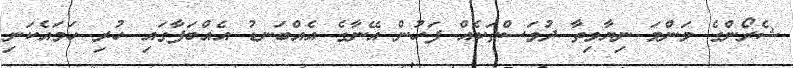
ޝެރޯންގެ މަންމަ ނިޔާވިތާ ދުވަސްތަކެއް ފަހުން އޭނާގެ އެއްބަނޑު އެއްބަފާގައި ހުރި ހަމައެކަނި